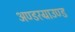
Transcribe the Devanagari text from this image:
अण्डरग्राउण्ड